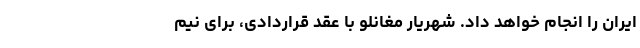
ایران را انجام خواهد داد. شهریار مغانلو با عقد قراردادی، برای نیم